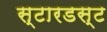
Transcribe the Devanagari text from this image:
स्‍टारडस्‍ट